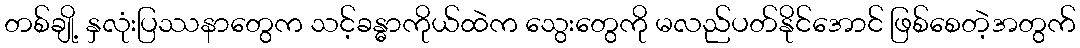
တစ်ချို့ နှလုံးပြဿနာတွေက သင့်ခန္ဓာကိုယ်ထဲက သွေးတွေကို မလည်ပတ်နိုင်အောင် ဖြစ်စေတဲ့အတွက်